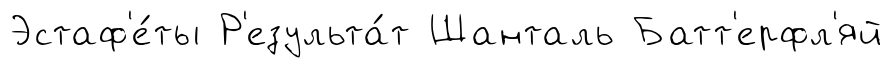
Эстаф'е́ты Р'езульта́т Шанталь Батт'ерфл'яй